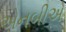
એનબીએ